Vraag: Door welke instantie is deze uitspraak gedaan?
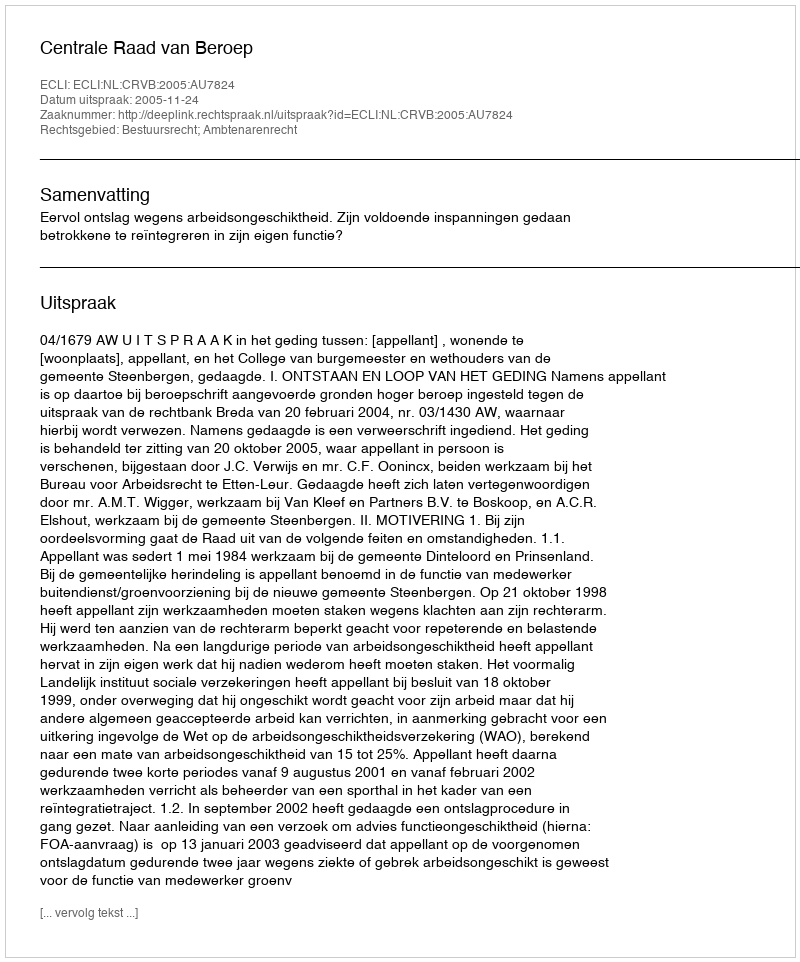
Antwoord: Centrale Raad van Beroep